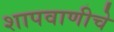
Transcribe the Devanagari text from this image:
शापवाणीचे